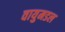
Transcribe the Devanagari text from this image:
वायुमडल